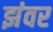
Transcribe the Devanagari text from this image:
झंवर